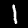
Label: 1